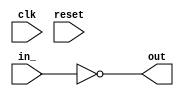
module ZeroComparator_0x422b1f52edd46a85
(
  input  wire [   0:0] clk,
  input  wire [  15:0] in_,
  output reg  [   0:0] out,
  input  wire [   0:0] reset
);



  // PYMTL SOURCE:
  //
  // @s.combinational
  // def comb_logic():
  //       s.out.value = s.in_ == 0

  // logic for comb_logic()
  always @ (*) begin
    out = (in_ == 0);
  end


endmodule